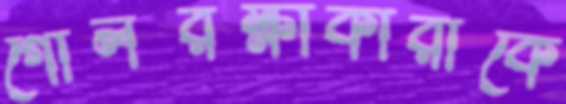
গোলরক্ষাকারীকে